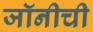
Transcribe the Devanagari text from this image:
जॉनीची